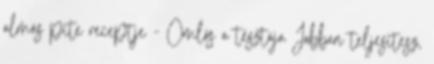
almás pite receptje - Omlós a tésztája Jobban teljesítesz,